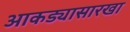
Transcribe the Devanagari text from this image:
आकड्यासारखा